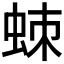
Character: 𧊸